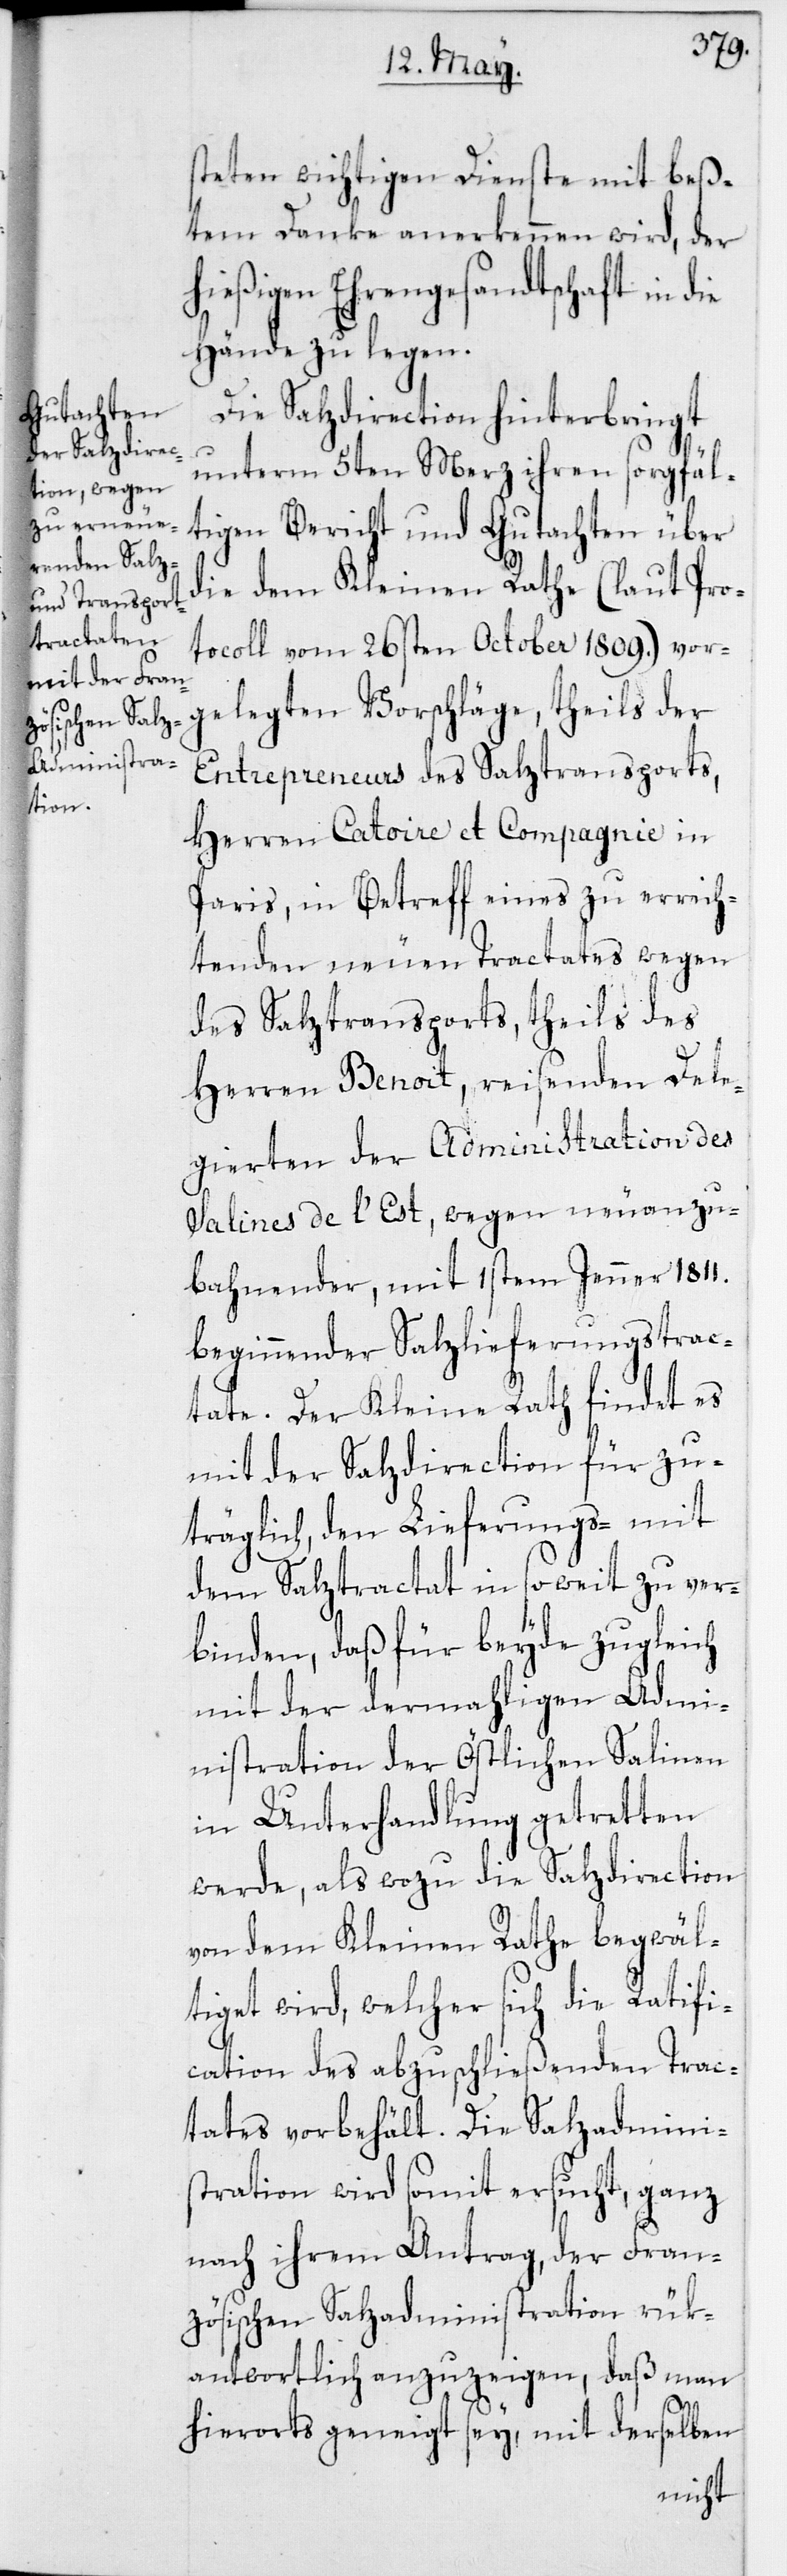
steten wichtigen Dienste mit bes¬
tem Danke anerkennen wird, der
hießigen Ehrengesandtschaft in die
Hände zu legen.
Die Salzdirection hinterbringt
unterm 5ten Merz ihren sorgfäl¬
tigen Bericht und Gutachten über
die dem Kleinen Rathe (laut Pro¬
tocoll vom 26sten October 1809.) vor¬
gelegten Vorschläge, theils der
Entrepreneurs des Salztransports,
Herren Catoire et Compagnie in
Paris, in Betreff eines zu errich¬
tenden neuen Tractates wegen
des Salztransports, theils des
Herren Benoit, reisender Dele¬
gierten der Administration des
Salines de l’Est, wegen neu anzu¬
bahnender, mit 1sten Jenner 1811.
beginnender Salzlieferungstrac¬
tate. Der Kleine Rath findet es
mit der Salzdirection für zu¬
träglich, den Lieferungs- mit
dem Salztractat in so weit zu ver¬
binden, daß für beyde zugleich
mit der dermahligen Admi¬
nistration der östlichen Salinen
in Unterhandlung getretten
werde, als wozu die Salzdirection
von dem Kleinen Rathe begwäl¬
tiget wird, welcher sich die Ratifi¬
cation des abzuschließenden Trac¬
tates vorbehält. Die Salzadmini¬
stration wird somit ersucht, ganz
nach ihrem Antrag, der Fran¬
zösischen Salzadministration rük¬
antwortlich anzuzeigen, daß man
hierorts geneigt sey, mit derselben